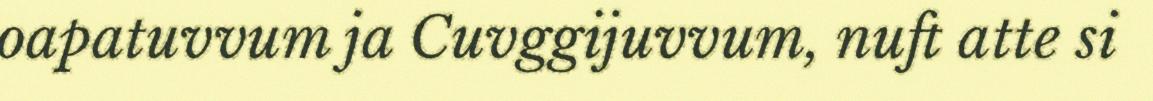
oapatuvvum ja Cuvggijuvvum, nuft atte si